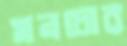
মনচোর